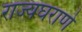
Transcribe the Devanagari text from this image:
राज्यघराणे